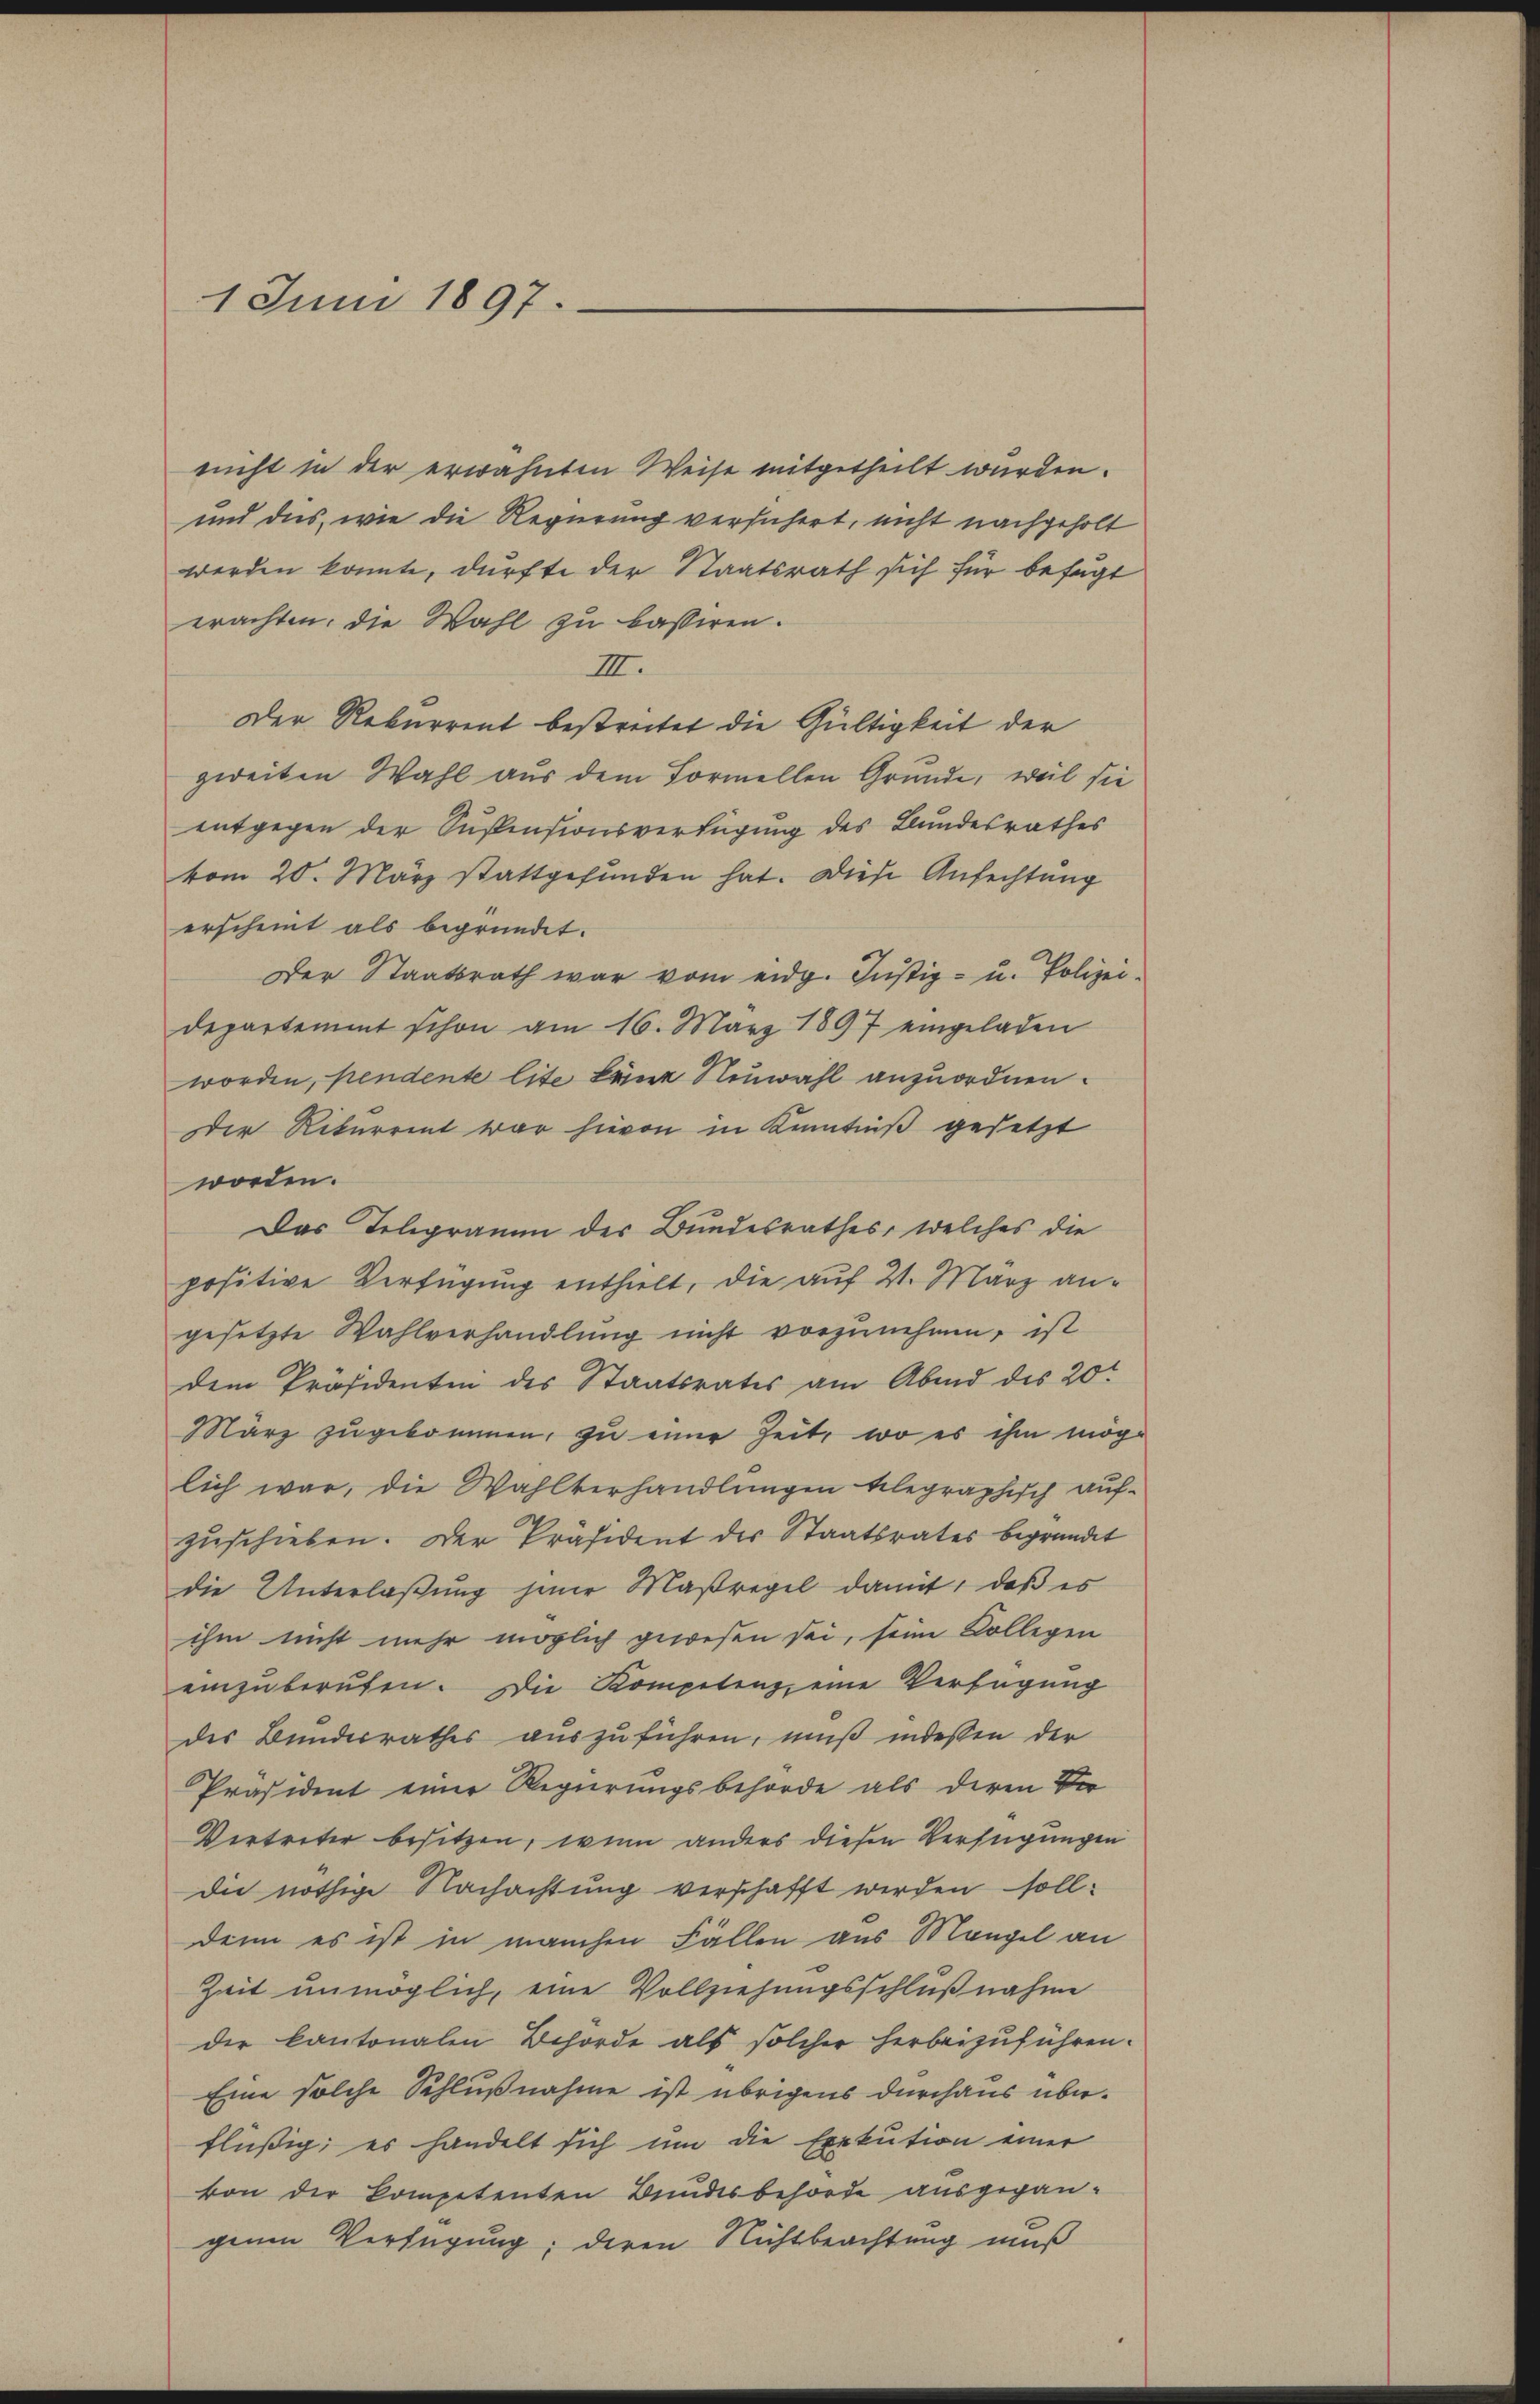
1 Juni 1897.

nicht in der erwähnten Weise mitgetheilt wurden.
und das, wie die Regierung versichert, nicht nachgeholt
werden konnte, durfte der Staatsrath sich für befugt
erachten, die Wahl zu bassiren.
III.
Der Rekurrent bestreitet die Gültigkeit der
zweiten Wahl aus dem Formellen Grunde, weil sie
entgegen der Sustensionsverfügung des Bundesrathes
vom 20. März stattgefŭnden hat. Diese Anfechtung
erscheint als begründet.
Der Staatsrath war vom eidg. Justiz- u. Polizeidepartement schon am 16. März 1897 eingeladen
worden, pendente lite keine Neuwahl anzuordnen.
Der Rikurrent war hievon in Kenntniß gesetzt
worden.
Das Telegramm des Bundesrathes, welches die
positive Verfügung enthielt, die auf 21. März angesetzte Wahlverhandlung nicht vorzunehmen, ist
dem Präsidenten des Staatsrates am Abend des 20t
März zugekommen, zu einer Zeit, wo es ihm möge
lich war, die Wahlverhandlungen telegraphisch aufzuschieben. Der Präsident des Staatsrates begründet
die Unterlaβŭng jener Maßregel damit, daß es
ihm nicht mehr möglich gewesen sei, seine Kollegen
einzuberufen. Die Kompetenz, eine Verfügung
des Bunderrathes auszuführen, muß indessen der
Präsident einer Regierungsbehörde als deren Ver¬
Vertreter besitzen, wenn anders diesen Verfügungen
die nöthige Nachachtung verschafft werden solldenn es ist in manchen Fällen aus Mangel an
Zeit unmöglich, eine Vollziehungsschlußnahme
der kantonalen Behörde als solcher herbeizuführen.
Eine solche Schlußnahme ist übrigens durchaus über-
flüßig; es handelt sich um die Exekution einer
von der kompetenten Bundesbehörde ausgegangenen Verfügung; deren Nichtbeachtung muß